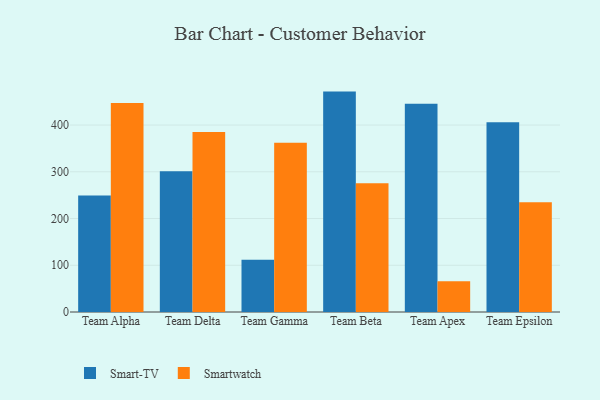
{"axis": {"x": "Team", "y": "Backlog"}, "legend": ["Smart-TV", "Smartwatch"], "data": [{"x": "Team Alpha", "y": 249.2, "type": "Smart-TV"}, {"x": "Team Alpha", "y": 447.1, "type": "Smartwatch"}, {"x": "Team Delta", "y": 301.2, "type": "Smart-TV"}, {"x": "Team Delta", "y": 384.9, "type": "Smartwatch"}, {"x": "Team Gamma", "y": 111.6, "type": "Smart-TV"}, {"x": "Team Gamma", "y": 362.3, "type": "Smartwatch"}, {"x": "Team Beta", "y": 471.6, "type": "Smart-TV"}, {"x": "Team Beta", "y": 275.4, "type": "Smartwatch"}, {"x": "Team Apex", "y": 445.8, "type": "Smart-TV"}, {"x": "Team Apex", "y": 66.0, "type": "Smartwatch"}, {"x": "Team Epsilon", "y": 406.2, "type": "Smart-TV"}, {"x": "Team Epsilon", "y": 235.0, "type": "Smartwatch"}]}